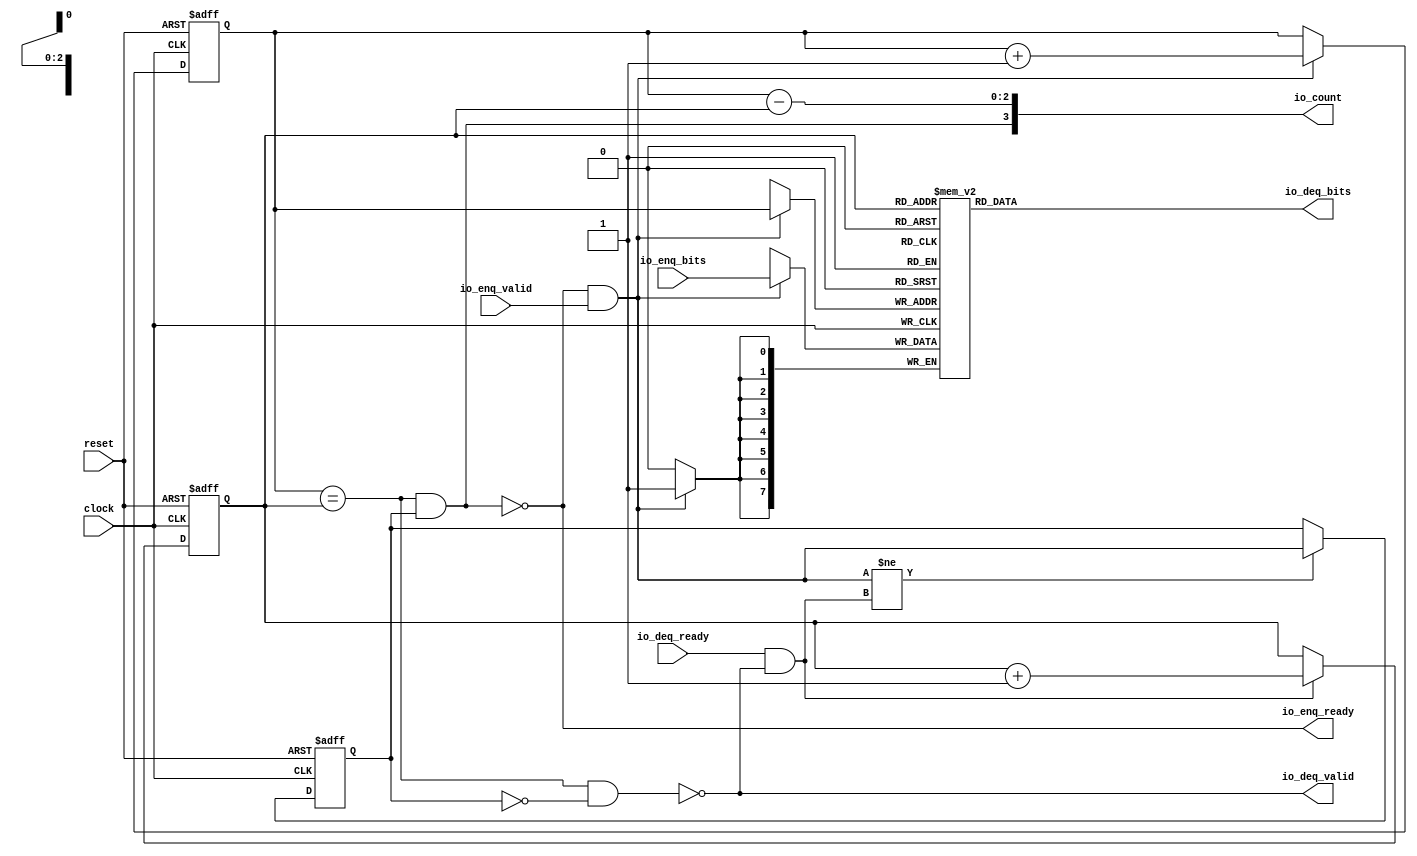
 /*                                                                      
 Copyright 2018 Nuclei System Technology, Inc.                
                                                                         
 Licensed under the Apache License, Version 2.0 (the "License");         
 you may not use this file except in compliance with the License.        
 You may obtain a copy of the License at                                 
                                                                         
     http://www.apache.org/licenses/LICENSE-2.0                          
                                                                         
  Unless required by applicable law or agreed to in writing, software    
 distributed under the License is distributed on an "AS IS" BASIS,       
 WITHOUT WARRANTIES OR CONDITIONS OF ANY KIND, either express or implied.
 See the License for the specific language governing permissions and     
 limitations under the License.                                          
 */                                                                      
                                                                         
                                                                         
                                                                         
module sirv_queue_1(
  input   clock,
  input   reset,
  output  io_enq_ready,
  input   io_enq_valid,
  input  [7:0] io_enq_bits,
  input   io_deq_ready,
  output  io_deq_valid,
  output [7:0] io_deq_bits,
  output [3:0] io_count
);
  reg [7:0] ram [0:7];
  reg [31:0] GEN_0;
  wire [7:0] ram_T_51_data;
  wire [2:0] ram_T_51_addr;
  wire [7:0] ram_T_35_data;
  wire [2:0] ram_T_35_addr;
  wire  ram_T_35_mask;
  wire  ram_T_35_en;
  reg [2:0] T_27;
  reg [31:0] GEN_1;
  reg [2:0] T_29;
  reg [31:0] GEN_2;
  reg  maybe_full;
  reg [31:0] GEN_3;
  wire  ptr_match;
  wire  T_32;
  wire  empty;
  wire  full;
  wire  T_33;
  wire  do_enq;
  wire  T_34;
  wire  do_deq;
  wire [3:0] T_39;
  wire [2:0] T_40;
  wire [2:0] GEN_4;
  wire [3:0] T_44;
  wire [2:0] T_45;
  wire [2:0] GEN_5;
  wire  T_46;
  wire  GEN_6;
  wire  T_48;
  wire  T_50;
  wire [3:0] T_52;
  wire [2:0] ptr_diff;
  wire  T_53;
  wire [3:0] T_54;
  assign io_enq_ready = T_50;
  assign io_deq_valid = T_48;
  assign io_deq_bits = ram_T_51_data;
  assign io_count = T_54;
  assign ram_T_51_addr = T_29;
  assign ram_T_51_data = ram[ram_T_51_addr];
  assign ram_T_35_data = io_enq_bits;
  assign ram_T_35_addr = T_27;
  assign ram_T_35_mask = do_enq;
  assign ram_T_35_en = do_enq;
  assign ptr_match = T_27 == T_29;
  assign T_32 = maybe_full == 1'h0;
  assign empty = ptr_match & T_32;
  assign full = ptr_match & maybe_full;
  assign T_33 = io_enq_ready & io_enq_valid;
  assign do_enq = T_33;
  assign T_34 = io_deq_ready & io_deq_valid;
  assign do_deq = T_34;
  assign T_39 = T_27 + 3'h1;
  assign T_40 = T_39[2:0];
  assign GEN_4 = do_enq ? T_40 : T_27;
  assign T_44 = T_29 + 3'h1;
  assign T_45 = T_44[2:0];
  assign GEN_5 = do_deq ? T_45 : T_29;
  assign T_46 = do_enq != do_deq;
  assign GEN_6 = T_46 ? do_enq : maybe_full;
  assign T_48 = empty == 1'h0;
  assign T_50 = full == 1'h0;
  assign T_52 = T_27 - T_29;
  assign ptr_diff = T_52[2:0];
  assign T_53 = maybe_full & ptr_match;
  assign T_54 = {T_53,ptr_diff};

  always @(posedge clock) begin // The RAM block does not need reset
    if(ram_T_35_en & ram_T_35_mask) begin
      ram[ram_T_35_addr] <= ram_T_35_data;
    end
  end

  always @(posedge clock or posedge reset)
    if (reset) begin
      T_27 <= 3'h0;
    end else begin
      if (do_enq) begin
        T_27 <= T_40;
      end
    end

  always @(posedge clock or posedge reset)
    if (reset) begin
      T_29 <= 3'h0;
    end else begin
      if (do_deq) begin
        T_29 <= T_45;
      end
    end

  always @(posedge clock or posedge reset)
    if (reset) begin
      maybe_full <= 1'h0;
    end else begin
      if (T_46) begin
        maybe_full <= do_enq;
      end
    end

endmodule